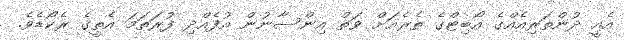
އެއީ ދުންތަރިއެއްގެ އޯބިޓްގެ ތެރެއަށް ވަތް އިންސާނުން އުފެއްދި ފުރަތަމަ އެތީގެ ރެކޯޑެވެ.